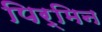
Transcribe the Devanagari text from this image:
पिर्मिन